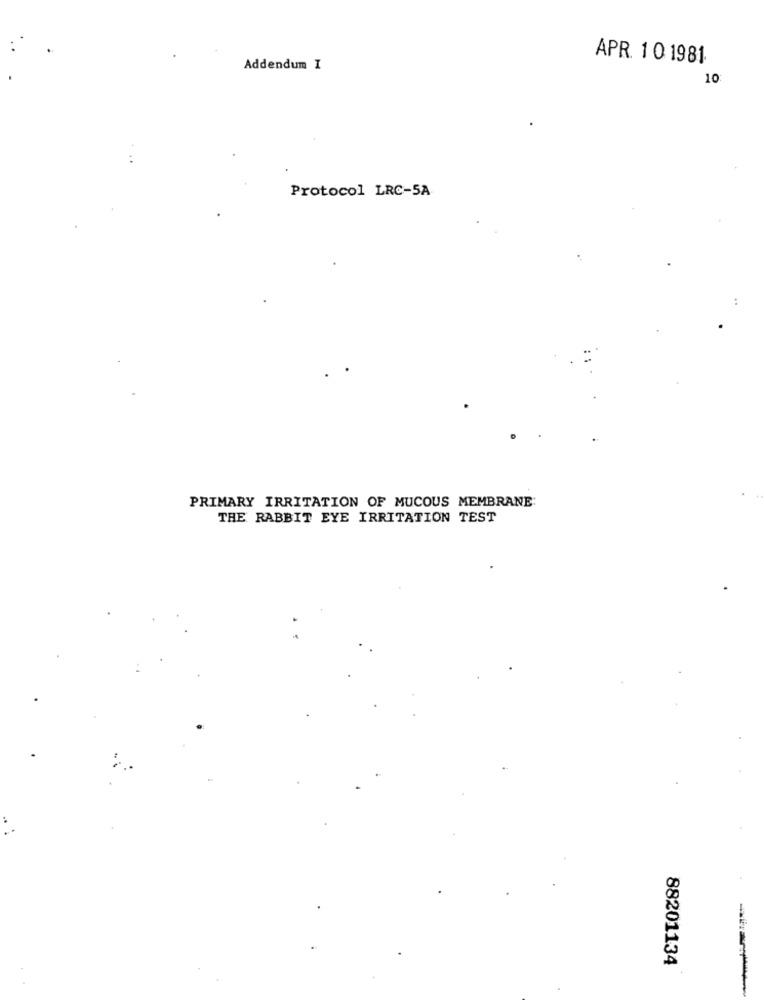
APR. 10 1981
Addendum I
10
Protocol LRC-5A
PRIMARY IRRITATION OF MUCOUS MEMBRANE:
THE RABBIT EYE IRRITATION TEST
88201134